Rating (Scotland) Act, 1926, 1926
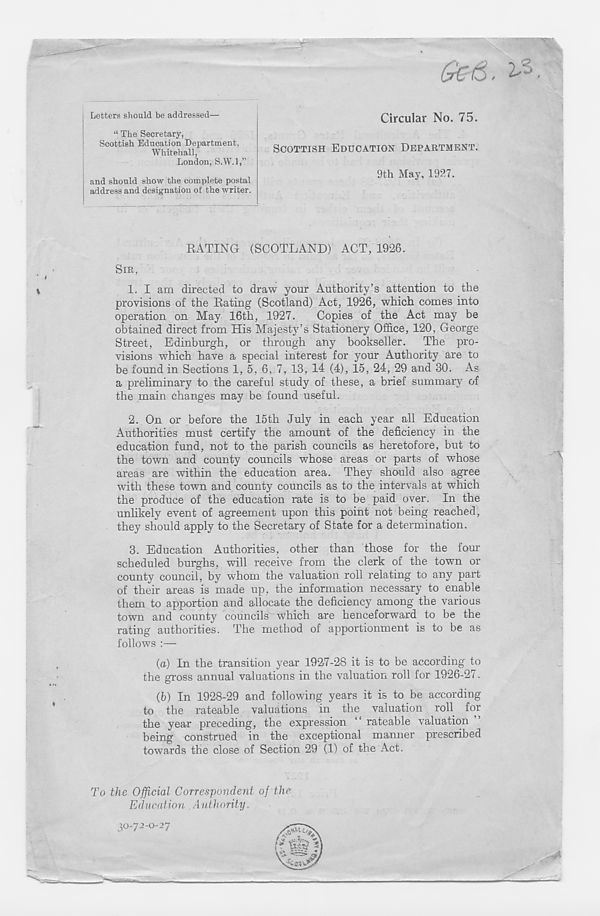
Circular No. 75.
SCOTTISH EDUCATION DEPARTMENT.
9th May, 1927.
RATING (SCOTLAND) ACT, 1926.
SIR,
1. I am directed to draw your Authority’s attention to the
provisions of the Rating (Scotland) Act, 1926, which comes into
operation on May 16th, 1927.
Copies of the Act may be
obtained direct from His Majesty’s Stationery Office, 120, George
Street, Edinburgh, or through any bookseller. The pro-
visions which have a special interest for your Authority are to
be found in Sections 1, 5, 6, 7, 13, 14 (4), 15, 24, 29 and 30. As
a preliminary to the careful study of these, a brief summary of
the main changes may be found useful.
2. On or before the 15th July in each year all Education
Authorities must certify the amount of the deficiency in the
education fund, not to the parish councils as heretofore, but to
the town and county councils whose areas or parts of whose
areas are within the education area. They should also agree
with these town and county councils as to the intervals at which
the produce of the education rate is to be paid over. In the
unlikely event of agreement upon this point not being reached,
they should apply to the Secretary of State for a determination.
3. Education Authorities, other than those for the four
scheduled burghs, will receive from the clerk of the town or
county council, by whom the valuation roll relating to any part
of their areas is made up, the information necessary to enable
them to apportion and allocate the deficiency among the various
town and county councils which are henceforward to be the
rating authorities. The method of apportionment is to be as
follows :—
(a) In the transition year 1927-28 it is tc be according to
the uross annual valuations in the valuation roll for 1926-27.
O
(b) In 1928-29 and following years it is to be according
to the rateable valuations in the valuation roll for
the year preceding, the expression “ rateable valuation ”
being construed in the exceptional manner prescribed
towards the close of Section 29 (1) of the Act.
Letters should be addressed—
“ The Secretary,
Scottish Education Department,
Whitehall,
London, S.W.l,”
and should show the complete postal
address and designation of the writer.
To the Official Correspondent of the
Education Authority.